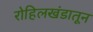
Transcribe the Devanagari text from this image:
रोहिलखंडातून